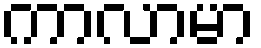
ကာလာမာ